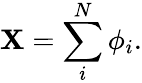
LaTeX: \mathbf{X}=\sum_{i}^{N}\phi_{i}.